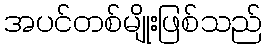
အပင်တစ်မျိုးဖြစ်သည်